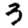
Digit: 3